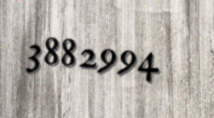
3882994